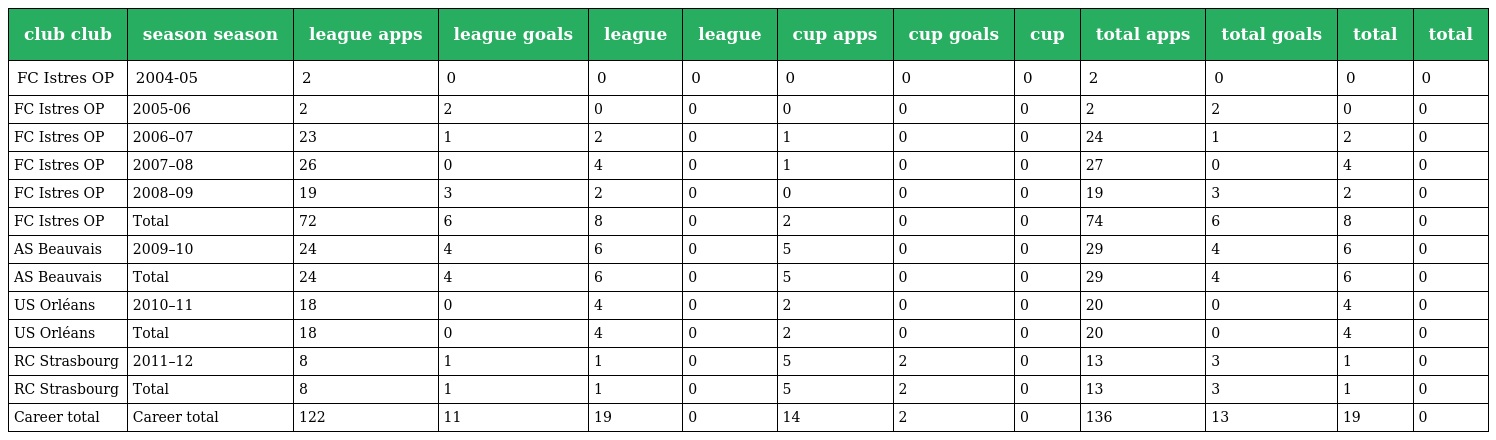
| club club | season season | league apps | league goals | league | league | cup apps | cup goals | cup | total apps | total goals | total | total |
 | --- | --- | --- | --- | --- | --- | --- | --- | --- | --- | --- | --- | --- |
 | FC Istres OP | 2004-05 | 2 | 0 | 0 | 0 | 0 | 0 | 0 | 2 | 0 | 0 | 0 |
 | FC Istres OP | 2005-06 | 2 | 2 | 0 | 0 | 0 | 0 | 0 | 2 | 2 | 0 | 0 |
 | FC Istres OP | 2006–07 | 23 | 1 | 2 | 0 | 1 | 0 | 0 | 24 | 1 | 2 | 0 |
 | FC Istres OP | 2007–08 | 26 | 0 | 4 | 0 | 1 | 0 | 0 | 27 | 0 | 4 | 0 |
 | FC Istres OP | 2008–09 | 19 | 3 | 2 | 0 | 0 | 0 | 0 | 19 | 3 | 2 | 0 |
 | FC Istres OP | Total | 72 | 6 | 8 | 0 | 2 | 0 | 0 | 74 | 6 | 8 | 0 |
 | AS Beauvais | 2009–10 | 24 | 4 | 6 | 0 | 5 | 0 | 0 | 29 | 4 | 6 | 0 |
 | AS Beauvais | Total | 24 | 4 | 6 | 0 | 5 | 0 | 0 | 29 | 4 | 6 | 0 |
 | US Orléans | 2010–11 | 18 | 0 | 4 | 0 | 2 | 0 | 0 | 20 | 0 | 4 | 0 |
 | US Orléans | Total | 18 | 0 | 4 | 0 | 2 | 0 | 0 | 20 | 0 | 4 | 0 |
 | RC Strasbourg | 2011–12 | 8 | 1 | 1 | 0 | 5 | 2 | 0 | 13 | 3 | 1 | 0 |
 | RC Strasbourg | Total | 8 | 1 | 1 | 0 | 5 | 2 | 0 | 13 | 3 | 1 | 0 |
 | Career total | Career total | 122 | 11 | 19 | 0 | 14 | 2 | 0 | 136 | 13 | 19 | 0 |